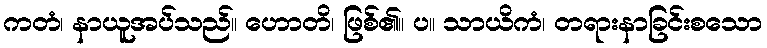
ကတံ၊ နာယူအပ်သည်။ ဟောတိ၊ ဖြစ်၏။ ပ။ သာယိကံ၊ တရားနာခြင်းစသော